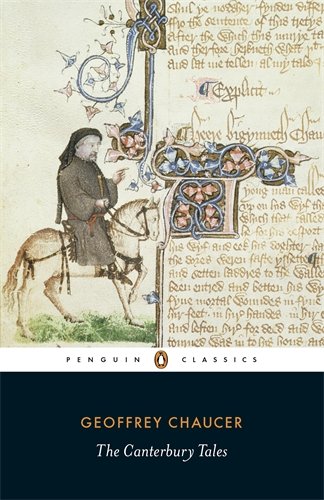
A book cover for The Canterbury Tales (original-spelling Middle English edition) (Penguin Classics); Geoffrey Chaucer; Literature & Fiction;